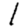
Digit: 1